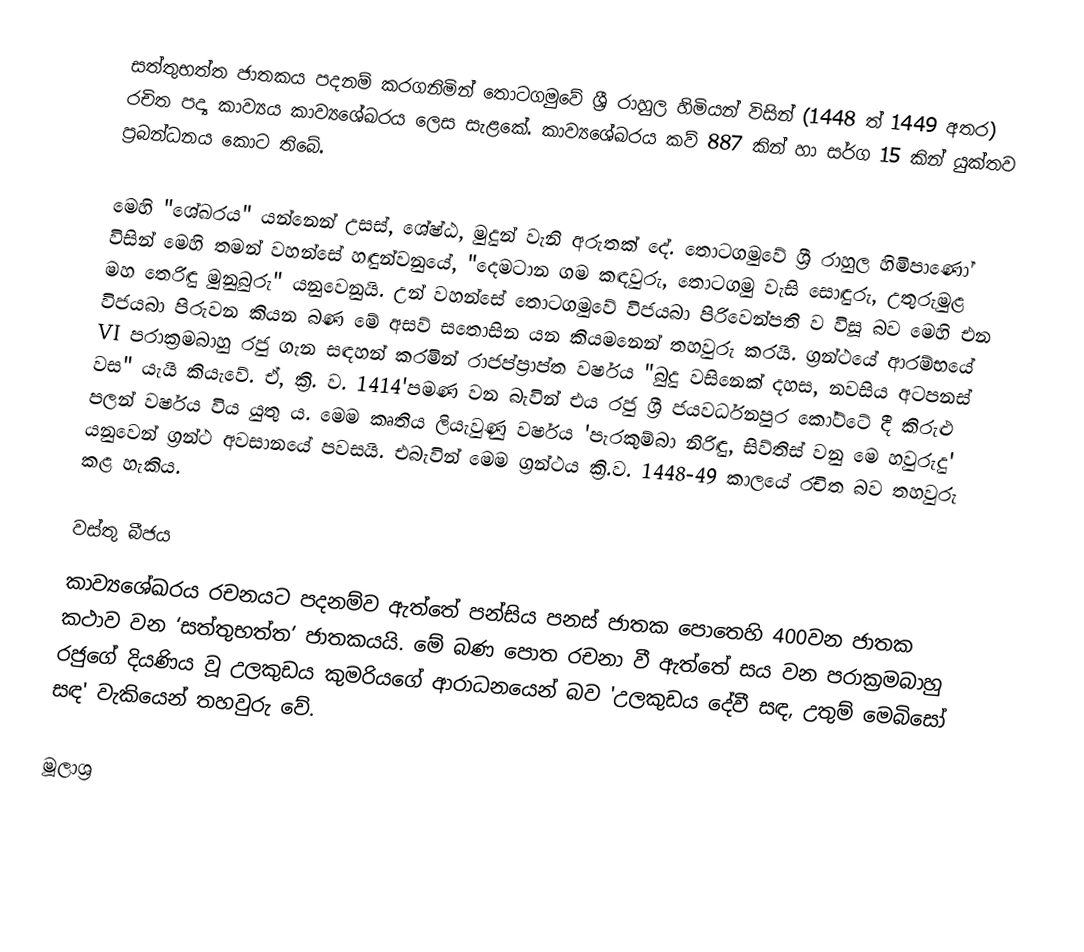
සත්තුභත්ත ජාතකය පදනම් කරගනිමින් තොටගමුවේ ශ්‍රී රාහුල හිමියන් විසින් (1448 ත් 1449 අතර) රචිත පද්‍ය කාව්‍යය කාව්‍යශේඛරය ලෙස සැළකේ. කාව්‍යශේඛරය කව් 887 කින් හා සර්ග 15 කින් යුක්තව ප්‍රබන්ධනය කොට තිබේ.

මෙහි "ශේඛරය" යන්නෙන් උසස්, ශේෂ්ඨ, මුදුන් වැනි අරුතක් දේ. තොටගමුවේ ශ්‍රී රාහුල හිමිපාණෝ විසින් මෙහි තමන් වහන්සේ හඳුන්වනුයේ, "දෙමටාන ගම කඳවුරු, තොටගමු වැසි සොඳුරු, උතුරුමුළ මහ තෙරිඳු මුනුබුරු" යනුවෙනුයි. උන් වහන්සේ තොටගමුවේ විජයබා පිරිවෙන්පති ව විසූ බව මෙහි එන විජයබා පිරුවන කියන බණ මේ අසව් සතොසින යන කියමනෙන් තහවුරු කරයි. ග්‍රන්ථයේ ආරම්භයේ VI පරාක්‍රමබාහු රජු ගැන සඳහන් කරමින් රාජප්ප්‍රාප්ත වර්ෂය "බුදු වසිනෙක් දහස, නවසිය අටපනස් වස" යැයි කියැවේ. ඒ, ක්‍රි. ව. 1414'පමණ වන බැවින් එය රජු ශ්‍රී ජයවර්ධනපුර කෝට්ටේ දී කිරුළු පලන් වර්ෂය විය යුතු ය. මෙම කෘතිය ලියැවුණු වර්ෂය 'පැරකුම්බා නිරිඳු, සිව්තිස් වනු මෙ හවුරුදු' යනුවෙන් ග්‍රන්ථ අවසානයේ පවසයි. එබැවින් මෙම ග්‍රන්ථය ක්‍රි.ව. 1448-49 කාලයේ රචිත බව තහවුරු කළ හැකිය.

වස්තු බීජය
කාව්‍යශේඛරය රචනයට පදනම්ව ඇත්තේ පන්සිය පනස් ජාතක පොතෙහි 400වන ජාතක කථාව වන ‘සත්තුභත්ත’ ජාතකයයි. මේ බණ පොත රචනා වී ඇත්තේ සය වන පරාක්‍රමබාහු රජුගේ දියණිය වූ උලකුඩය කුමරියගේ ආරාධනයෙන් බව 'උලකුඩය දේවී සඳ, උතුම් මෙබිසෝ සඳ' වැකියෙන් තහවුරු වේ.

මූලාශ්‍ර